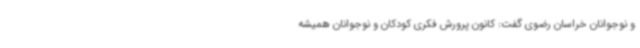
و نوجوانان خراسان رضوی گفت: کانون پرورش فکری کودکان و نوجوانان همیشه